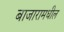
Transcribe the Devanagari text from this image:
बाजारामधील